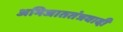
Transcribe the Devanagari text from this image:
अभिजाततंत्रवादी